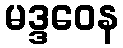
မဒ္ဒဝေန